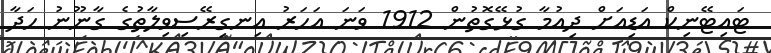
ޓައިޓޭނިކް އަޑިއަށް ދިއުމާ ގުޅޭގޮތުން 1912 ވަނަ އަހަރު އިނގިރޭސިވިލާތުގެ ގާނޫނު ހަދާ